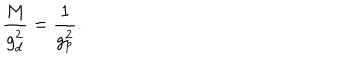
\frac { M } { g _ { d } ^ { 2 } } = \frac { 1 } { g _ { p } ^ { 2 } } .